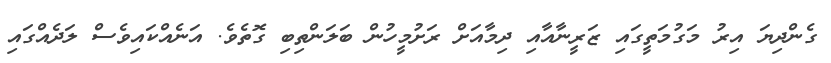
ގެންދިޔަ އިރު މަގުމަތީގައި ޒަރީނާއާއި ދިމާއަށް ރަށުމީހުން ބަލަންތިބި ގޮތެވެ. އަނެއްކައިވެސް ލަދެއްގައި